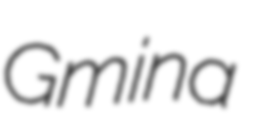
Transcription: Gmina